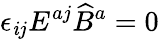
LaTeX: \epsilon_{\mathit{i}j}E^{aj}\widehat{B}^{a}=0